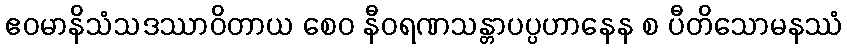
ဧဝမာနိသံသဒဿာဝိတာယ စေဝ နီဝရဏသန္တာပပ္ပဟာနေန စ ပီတိသောမနဿံ